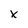
Character: x